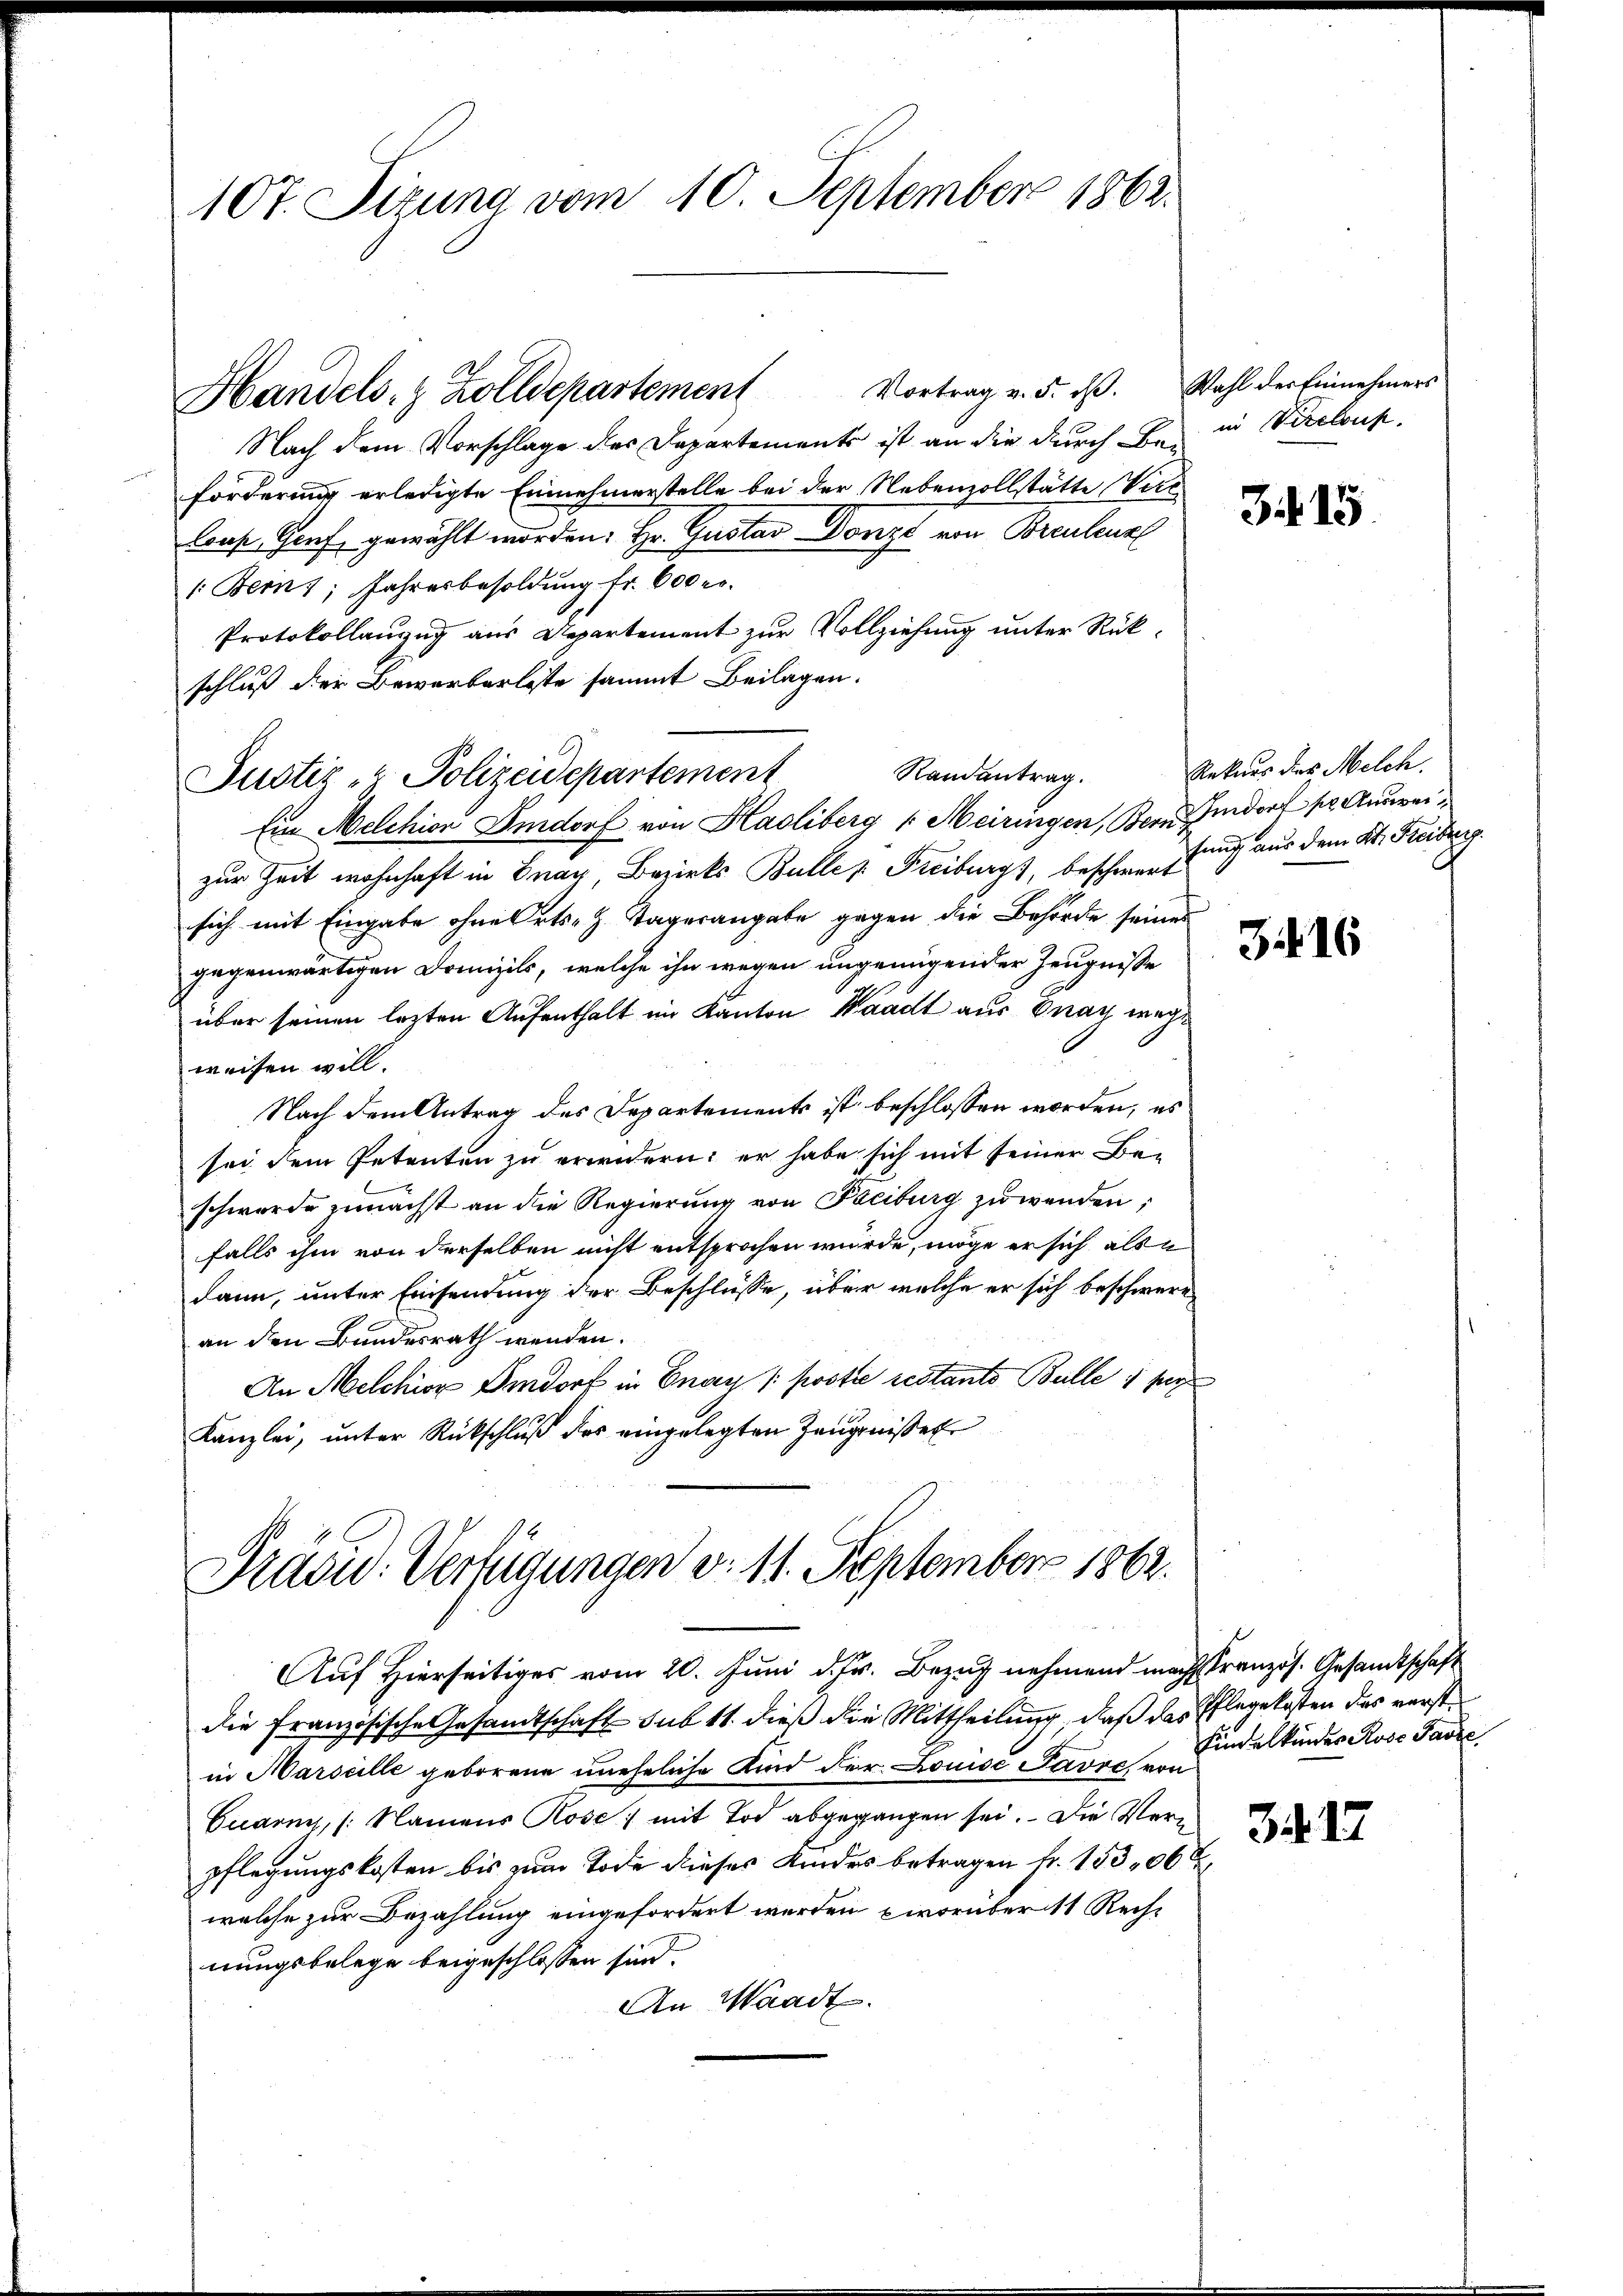
107. Sizung vom 10. September 1862.

Handels- & Zolldepartement Vortrag v. 5. ds. Wahl der Einnehmers
Nach dem Vorschlage des Departements ist an die durch ein Verebus
forderung erledigte Einnehmerstelle bei der Nebenvollstätte Vere
lrast, Genf gewählt worden: Hr. Gustav Donzt von Brauteur
1: Bern, Jahresbesoldung fr. 600 r.
Protokollanzug aus Departement zur Vollziehung unter Rükschluß der Bewerberleste sammt Beilagen.
Ein Melchion Imdorf von Hasliberg (Meiringen, Bern dort pr. Ausweizur Zeit wohnhaft in Graz, Bezirks Bulle s. Freiburgs, beschwertung aus dem K. Freiberg
sich mit Eingabe ohne Orts- h. Tagerangabe gegen die Behörde seines
gegenwärtigen Domizils, welche ihn wegen ungenügender Zeugnisse
über seinen lezten Aufenthalt im Kanton Waadt aus Onay wege
weisen will.
Nach dem Antrag des Departements ist beschlossen worden, es
sei dem Petenten zu erwidern; er habe sich mit seiner Beschwerde zunächst an die Regierung von Freiburg zuwenden;
falls ihm von derselben nicht entsprochen wurde, möge er sich als e
dann, unter Einsendung der Beschlüsse, über welche er sich beschwere
an den Bundesrath wenden.
An Melchior Imdorf in Enau / Poste restants Bulle 1 per
Kanzlei, unter Rückschluß der eingelegten Zeugniße Er

Justiz- & Polizeidepartement

Randantrag.

Pradu: Verfügungen d. 11. September 1862.

Auf Hierseitiges vom 20. Juni d. Jr. Bezug nehmend machtranzös. Gesandtschaft
die Französische Gesandtschaft sub 11. dieß die Mittheilung, daß das Pflegekosten das verste
in Marseille geborene uneheliche Kind der Louise Pavre, von
Cuarny, (Namens Rose; mit Tod abgegangen sei. Die Verpflegungskosten bis zum Tode dieses Kindes betragen fr. 15306 x
welche zur Bezahlung eingefordert werden, bevorüber 11 Recht
nungsbelege beigeschlossen sind.
An Waadt.

315.

Rekurs des Melch.

3416

Kindelkinder Rose Parze

317